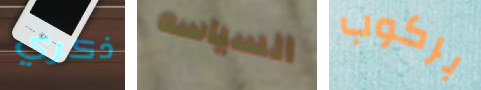
ذكري السياسه بركوب